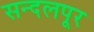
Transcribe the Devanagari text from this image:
सन्दलपूर